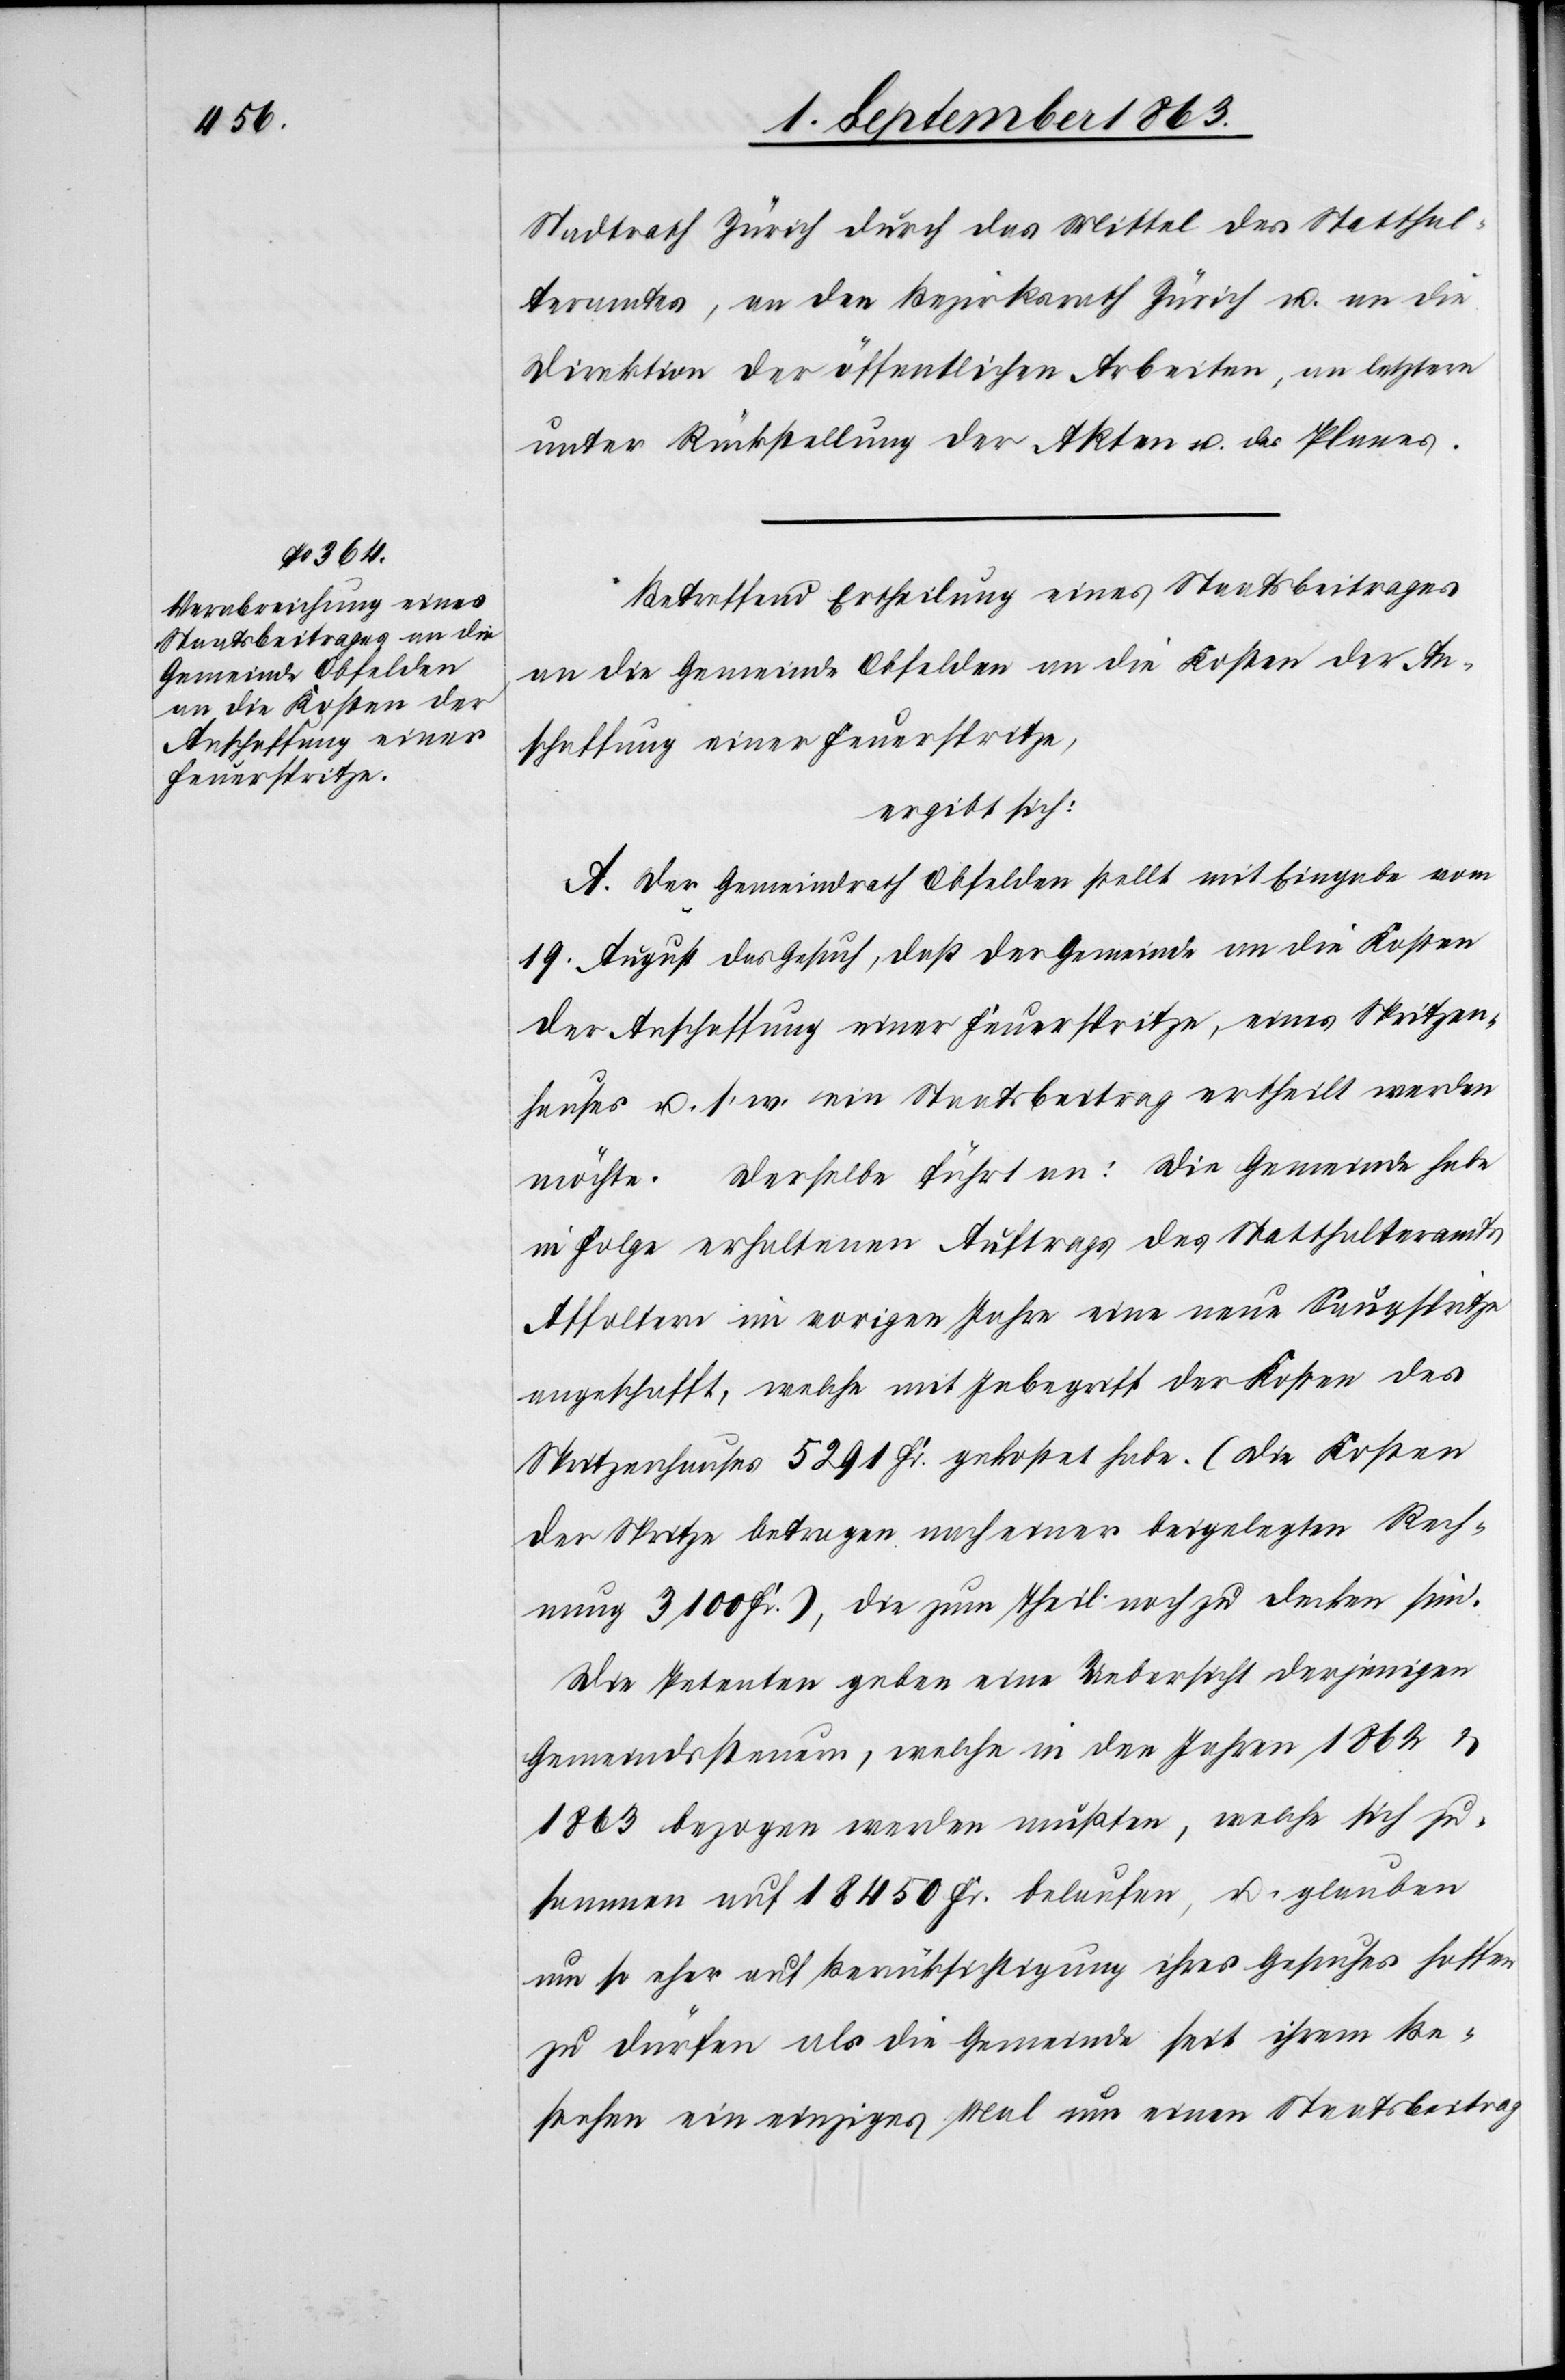
Stadtrath Zürich durch das Mittel des Statthal¬
teramtes, an den Bezirksrath Zürich u. an die
Direktion der öffentlichen Arbeiten, an letztere
unter Rückstellung der Akten u. des Planes.
Betreffend Ertheilung eines Staatsbeitrages
an die Gemeinde Obfelden an die Kosten der An¬
schaffung einer Feuerspritze,
ergibt sich:
A. Der Gemeindrath Obfelden stellt mit Eingabe vom
19. August das Gesuch, daß der Gemeinde an die Kosten
der Anschaffung einer Feuerspritze, eines Spritzen¬
hauses u. s. w. ein Staatsbeitrag ertheilt werden
möchte. Derselbe führt an: Die Gemeinde habe
in Folge erhaltenen Auftrags des Statthalteramts
Affoltern im vorigen Jahre eine neue Saugspritze
angeschafft, welche mit Inbegriff der Kosten des
Spritzenhauses 5291 Fr. gekostet habe. (Die Kosten
der Spritze betragen nach einer beigelegten Rech¬
nung 3100 Fr.), die zum Theil noch zu decken sind.
Die Petenten geben eine Uebersicht derjenigen
Gemeindssteuern, welche in den Jahren 1862 &
1863 bezogen werden müßten, welche sich zu¬
sammen auf 18 450 Fr. belaufen, u. glauben
um so eher auf Berücksichtigung ihres Gesuches hoffen
zu dürfen als die Gemeinde seit ihrem Be¬
stehen ein einziges Mal um einen Staatsbeitrag